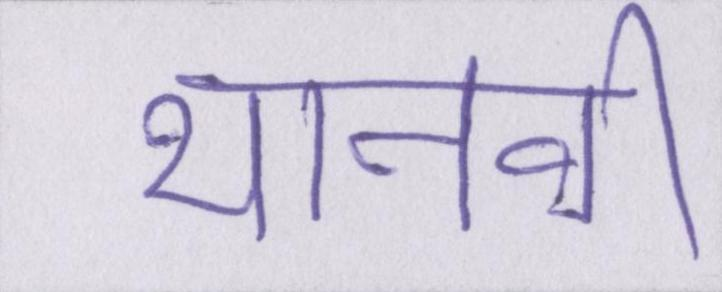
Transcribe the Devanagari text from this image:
थानवी